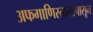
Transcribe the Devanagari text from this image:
अफगाणिस्तानापासून